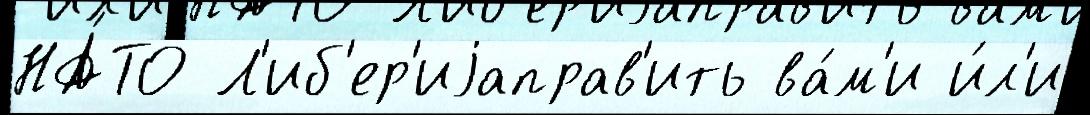
НА́ТО Л'иб'ер'иjаправ'ить ва́м'и и́л'и